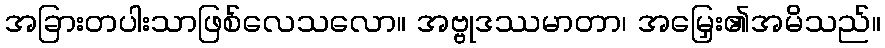
အခြားတပါးသာဖြစ်လေသလော။ အဗ္ဗုဒဿမာတာ၊ အမြှေး၏အမိသည်။